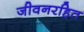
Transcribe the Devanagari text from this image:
जीवनरहित